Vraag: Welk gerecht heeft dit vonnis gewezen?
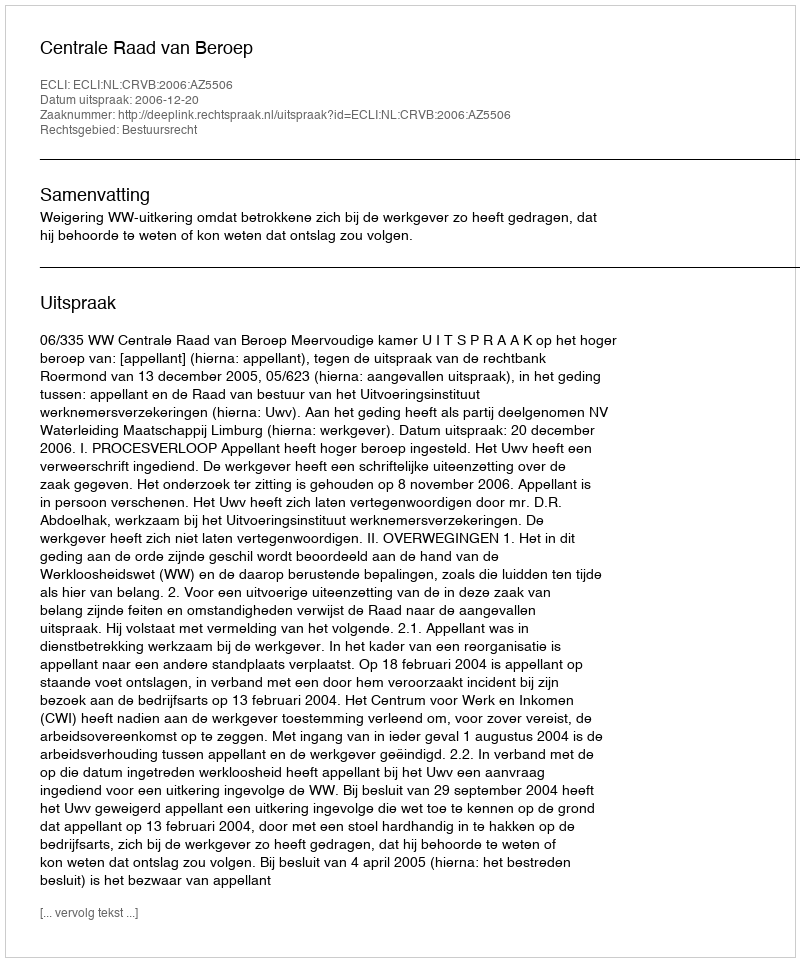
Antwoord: Centrale Raad van Beroep